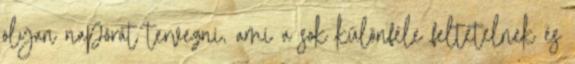
olyan napórát tervezni, ami a sok különféle feltételnek és